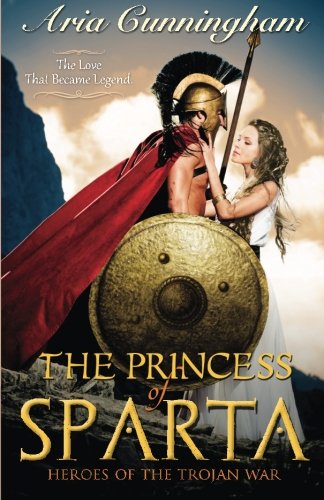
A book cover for The Princess of Sparta: Heroes of the Trojan War; Aria Cunningham; Romance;